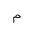
Letter: _mim